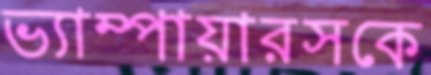
ভ্যাম্পায়ারসকে